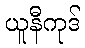
ယူနီကုဒ်